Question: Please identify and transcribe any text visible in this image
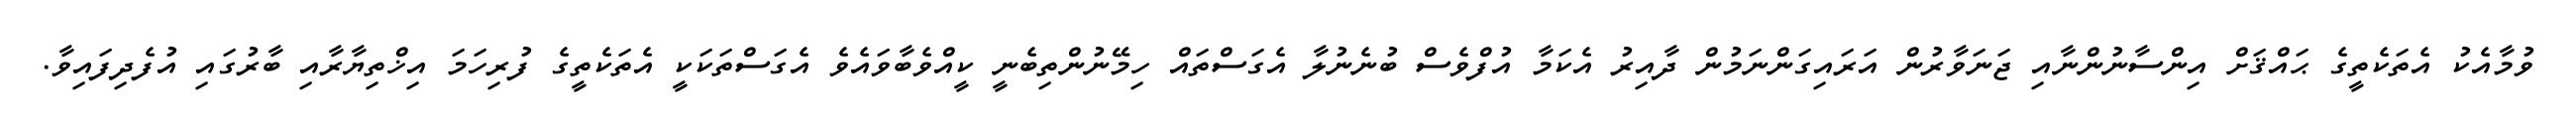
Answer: ވުމާއެކު އެތަކެތީގެ ޙައްޤަށް އިންސާނުންނާއި ޖަނަވާރުން އަރައިގަންނަމުން ދާއިރު އެކަމާ އުފްވެސް ބުނެނުލާ އެގަސްތައް ހިމޭނުންތިބެނީ ކީއްވެބާވައެވެ އެގަސްތަކަކީ އެތަކެތީގެ ފުރިހަމަ އިޚްތިޔާރާއި ބާރުގައި އުފެދިފައިވާ.